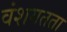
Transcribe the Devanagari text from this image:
वंशगतता